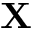
\bf { X }